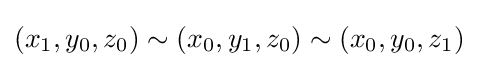
(x_{1},y_{0},z_{0})\sim (x_{0},y_{1},z_{0})\sim (x_{0},y_{0},z_{1})